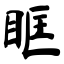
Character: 眶